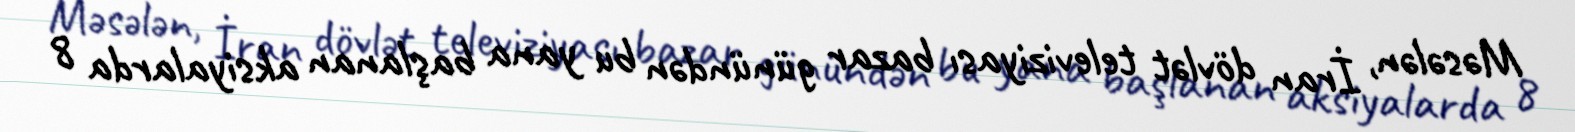
Məsələn, İran dövlət televiziyası bazar günündən bu yana başlanan aksiyalarda 8